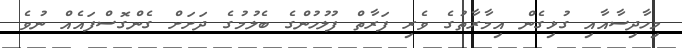
މިހާދިސާއާއި ގުޅިގެން އިމާރާތުގެ ވެރި ފަރާތް ފުލުހުންގެ ބެލުމުގެ ދަށަށް ގެންގޮސްފައެއް ނުވެ